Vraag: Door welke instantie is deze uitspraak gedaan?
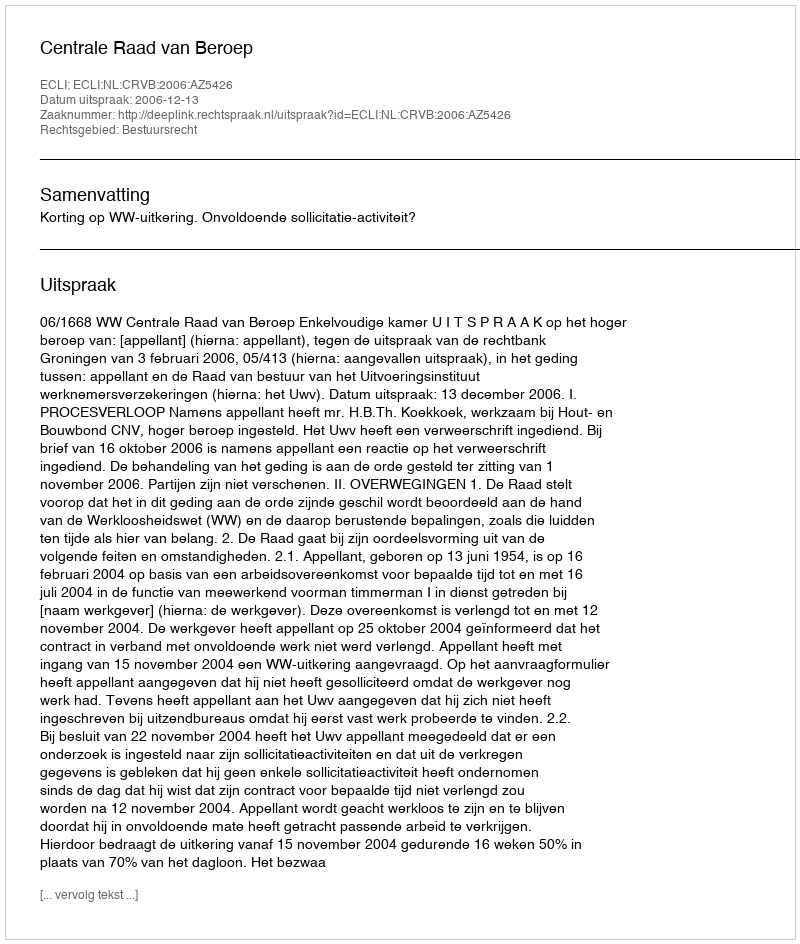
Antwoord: Centrale Raad van Beroep